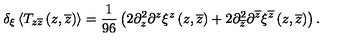
\delta _ { \xi } \left< T _ { z \overline { z } } \left( z , \overline { z } \right) \right> = { \frac { 1 } { 9 6 } } \left( 2 \partial _ { z } ^ { 2 } \partial ^ { z } \xi ^ { z } \left( z , \overline { z } \right) + 2 \partial _ { \overline { z } } ^ { 2 } \partial ^ { \overline { z } } \xi ^ { \overline { z } } \left( z , \overline { z } \right) \right) .